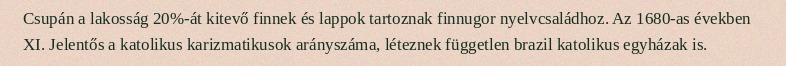
Csupán a lakosság 20%-át kitevő finnek és lappok tartoznak finnugor nyelvcsaládhoz. Az 1680-as években XI. Jelentős a katolikus karizmatikusok arányszáma, léteznek független brazil katolikus egyházak is.